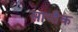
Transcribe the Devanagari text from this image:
साप्तैक